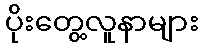
ပိုးတွေ့လူနာများ